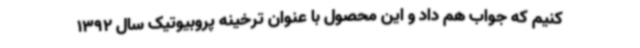
کنیم که جواب هم داد و این محصول با عنوان ترخینه پروبیوتیک سال 1392